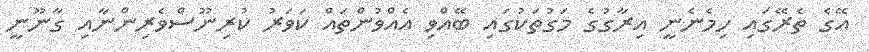
އޭގެ ތެރޭގައި ހިމެނެނީ އިރާގުގެ މަގުތަކުގައި ބޭއްވި އެއްވުންތައް ކަވަރު ކުރިނޫސްވެރިންނާއި ގާނޫނީ